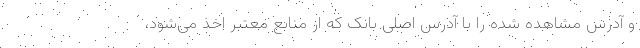
و آدرس مشاهده شده را با آدرس اصلی بانک که از منابع معتبر اخذ می‌شود،